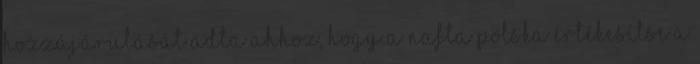
hozzájárulását adta ahhoz, hogy a Nafta Polska értékesítse a